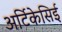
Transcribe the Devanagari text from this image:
अर्टिकेसिई